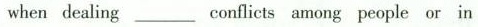
when dealing ___conflicts among people or in